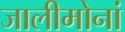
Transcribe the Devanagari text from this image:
जालीमोनां